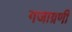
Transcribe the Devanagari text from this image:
गजाग्रणी